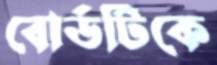
বোর্ডটিকে